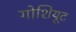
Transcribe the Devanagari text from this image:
गोशियूट